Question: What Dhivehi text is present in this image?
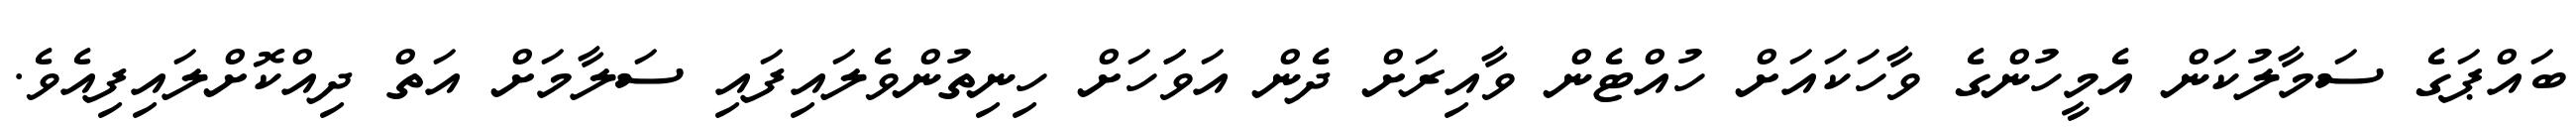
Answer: ބައްޕަގެ ސަމާލުކަން އެމީހުންގެ ވާހަކައަށް ހުއްޓެން ވާއިރަށް ދެން އަވަަހަށް ހިނިތުންވެލައިފައި ސަލާމަށް އަތް ދިއްކޮށްލައިފިއެވެ.